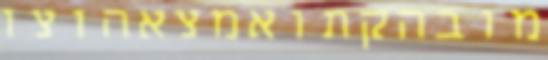
מובהקתואמצאהוצו